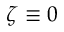
\zeta \equiv 0